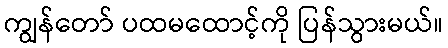
ကျွန်တော် ပထမထောင့်ကို ပြန်သွားမယ်။